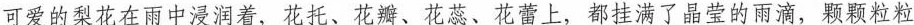
可爱的梨花在雨中浸润着，花托、花瓣、花蕊、花蕾上，都挂满了晶莹的雨滴，颗颗粒粒